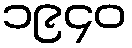
၁၉၄၀